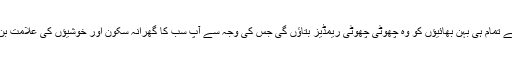
آج میں اپنے تمام ہی بہن بھائیؤں کو وہ چھوٹی چھوٹی ریمڈیز بتاؤں گی جس کی وجہ سے آپ سب کا گھرانہ سکون اور خوشیؤں کی علامت بن جائے گا۔